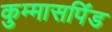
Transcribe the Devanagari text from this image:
कुम्मासपिंड